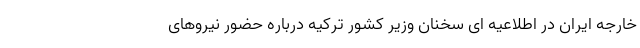
خارجه ایران در اطلاعیه ای سخنان وزیر کشور ترکیه درباره حضور نیروهای